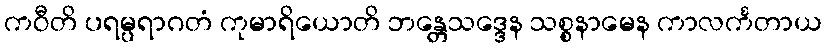
ကဝီတိ ပရမ္ပရာဂတံ ကုမာရိယောတိ ဘန္တေသဒ္ဒေန သစ္စနာမေန ကာလင်္ကတာယ